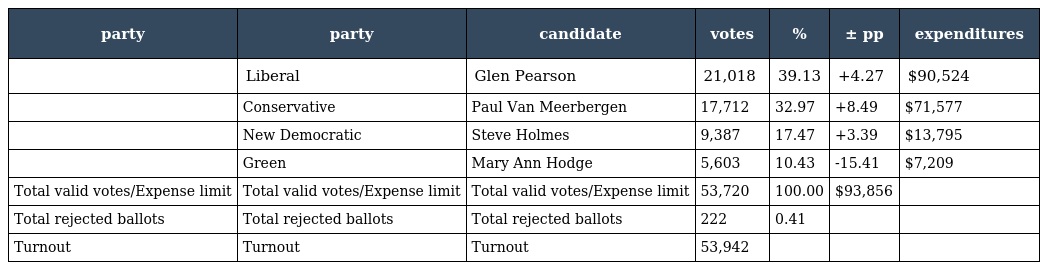
| party | party | candidate | votes | % | ± pp | expenditures |
 | --- | --- | --- | --- | --- | --- | --- |
 |  | Liberal | Glen Pearson | 21,018 | 39.13 | +4.27 | $90,524 |
 |  | Conservative | Paul Van Meerbergen | 17,712 | 32.97 | +8.49 | $71,577 |
 |  | New Democratic | Steve Holmes | 9,387 | 17.47 | +3.39 | $13,795 |
 |  | Green | Mary Ann Hodge | 5,603 | 10.43 | -15.41 | $7,209 |
 | Total valid votes/Expense limit | Total valid votes/Expense limit | Total valid votes/Expense limit | 53,720 | 100.00 | $93,856 |  |
 | Total rejected ballots | Total rejected ballots | Total rejected ballots | 222 | 0.41 |  |  |
 | Turnout | Turnout | Turnout | 53,942 |  |  |  |